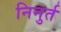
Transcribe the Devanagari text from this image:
निनुर्त